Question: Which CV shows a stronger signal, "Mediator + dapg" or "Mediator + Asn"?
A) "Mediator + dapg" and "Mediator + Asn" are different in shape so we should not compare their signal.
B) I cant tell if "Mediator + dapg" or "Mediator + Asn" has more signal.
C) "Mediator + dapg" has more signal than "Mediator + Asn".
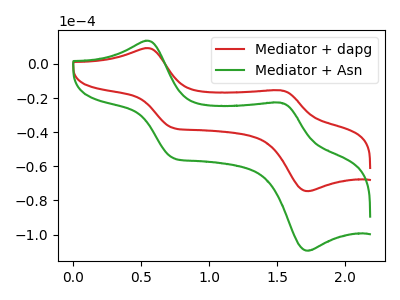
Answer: <think>The red curve "Mediator + dapg" has anodic peaks at (0.55V, 9.25uA) (1.55V, -15.45uA) and cathodic peaks at (0.75V, -37.55uA) (1.70V, -74.55uA). The green curve "Mediator + Asn" has anodic peaks at (0.55V, 13.60uA) (1.55V, -22.70uA) and cathodic peaks at (0.75V, -55.10uA) (1.70V, -109.45uA).
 All the peaks in "Mediator + dapg" have a peak in "Mediator + Asn" at the same potential.</think>
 <answer>B) I cant tell if "Mediator + dapg" or "Mediator + Asn" has more signal.</answer>
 <eval>B</eval>